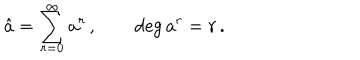
\hat { a } = \sum _ { r = 0 } ^ { \infty } a ^ { r } \, , \qquad \deg { a ^ { r } } = r \, .